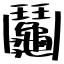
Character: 鬮